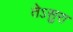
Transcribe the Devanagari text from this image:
तेऽसुरा